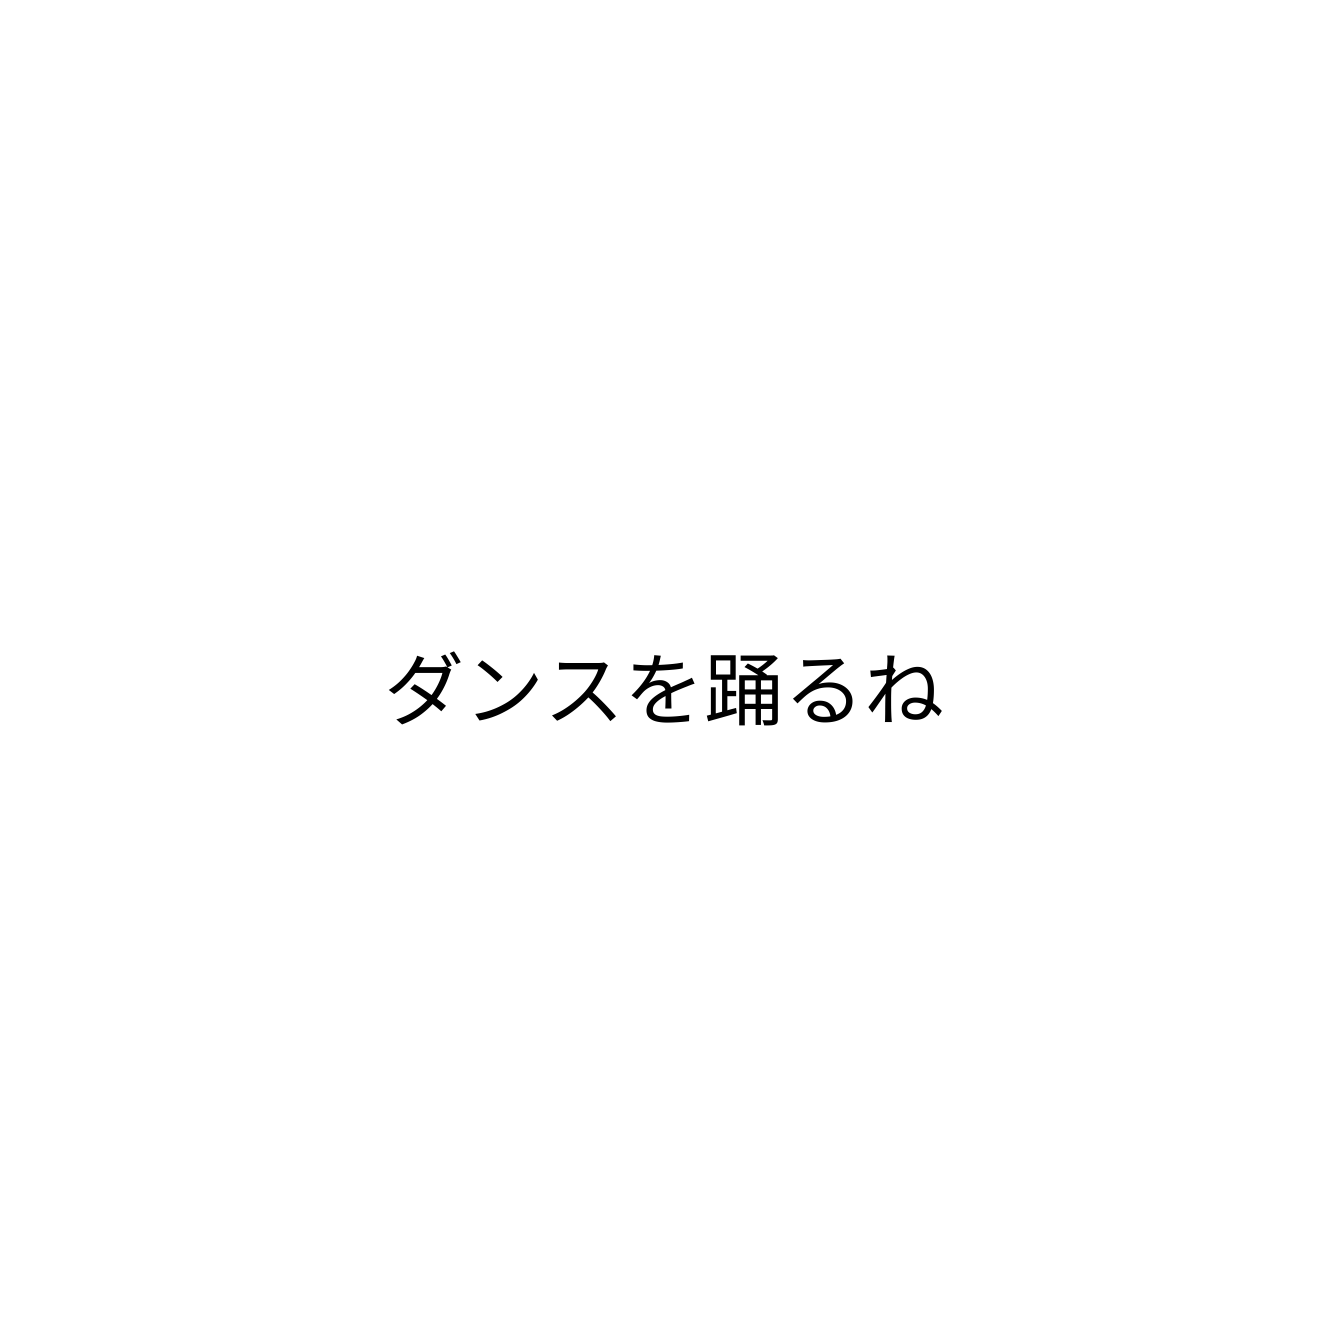
ダンスを踊るね